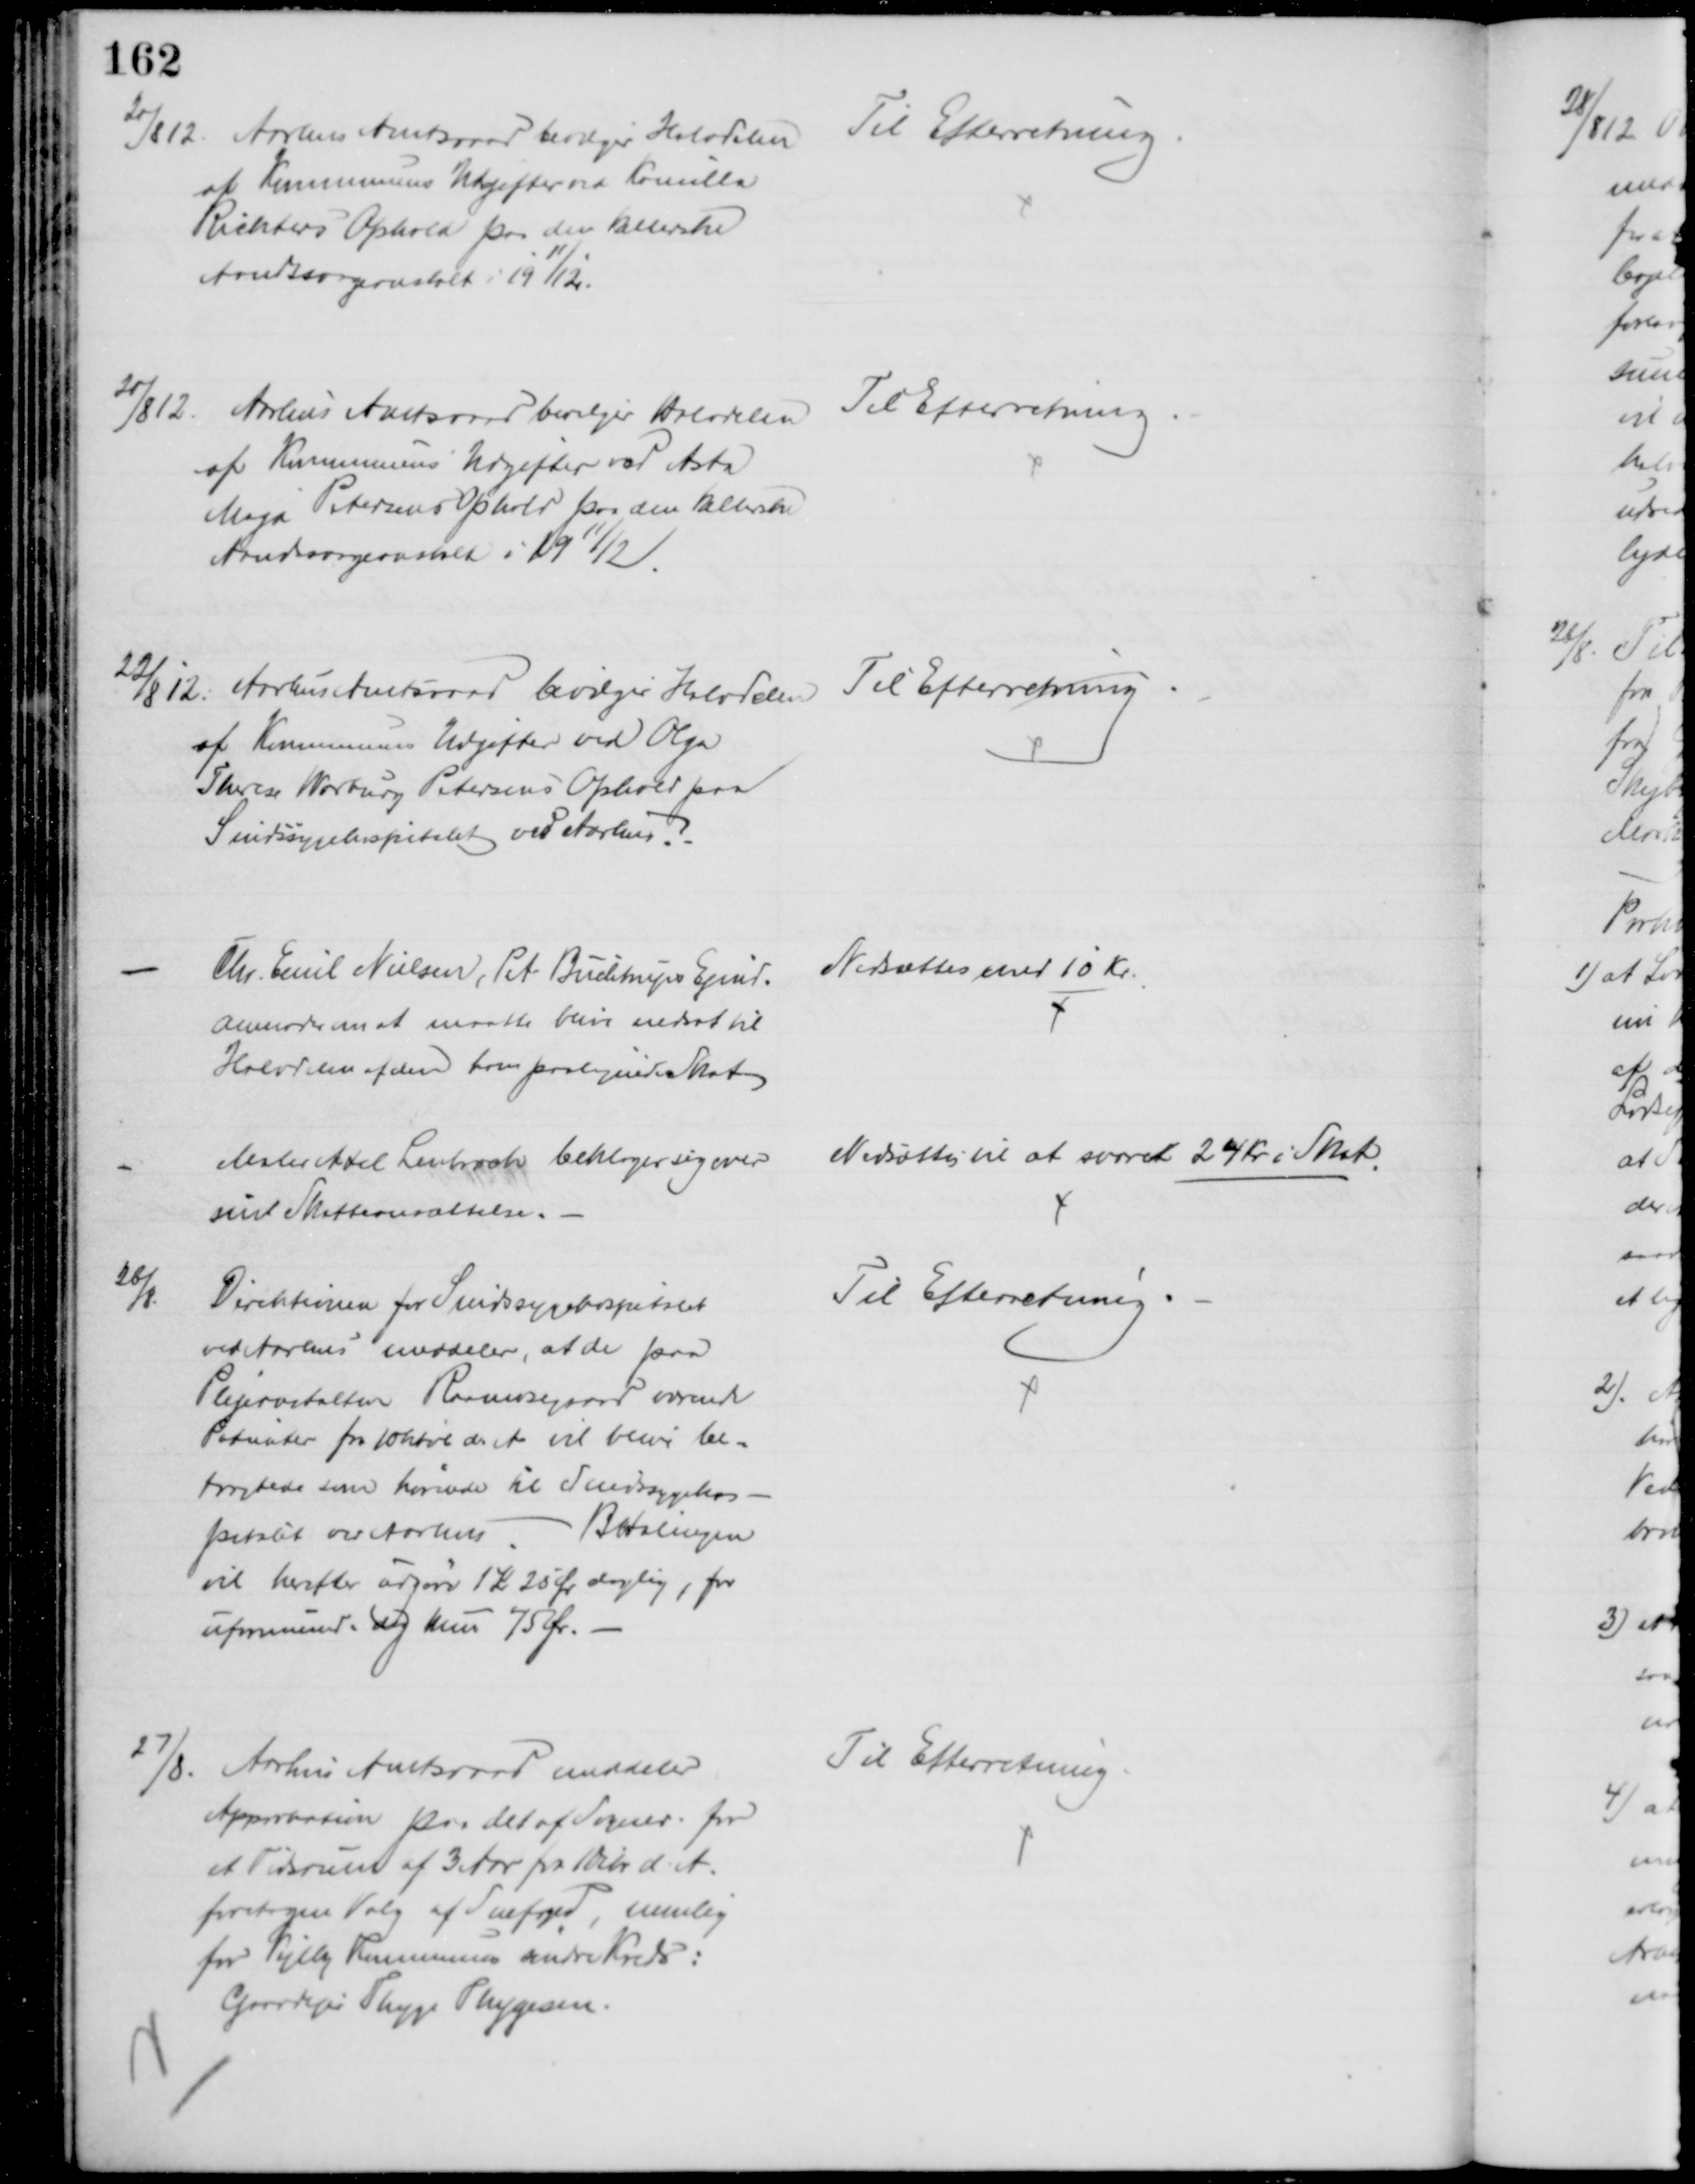
Transskription:
20/8 12
Aarhus Amtsraad bevilger Halvdelen
at Kommunens Udgifter ved Kamilla
Richters Ophold paa den Kellerske
Aandssvageanstalt i 1911/12.
Til Efterretning
20/8 12
Århus Amtsraad bevilger Halvdelen
af Kommunens Udgifter ved Asta
Maja Petersens Ophold paa den kellerske
Aandssvageanstalt i 1911/12.
Til Efterretning
22/8 12. Aarhus Amtsraad bevilger Halvdelen 
af Kommunens Udgifter ved Olga
Therese Warburg Petersens Ophold paa
Sindssygehospitalet ved Aarhus
Til Efterretning
Chr. Emil Nielsen, P A Buchstrups Ejend.
anmoder om at maatte blive nedsat til 
Halvdelen af den ham paalignede Skat
Nedsættes med 10 Kr
Maler Axel Lenbroch beklager sig over
sin Skatteansættelse.
Nedsættes til at svaret 24 Kr i Skat
26/8.
Direktionen for Sindssygehospitalet
ved Aarhus meddeler, at de paa
Plejeanstalten Raamosegaard værende
Patienter fra 1 Oktbr d. A vil blive be-
tragtede som hørende til Sindssygehos-
pitalet ved Aarhus. Betalingen
vil herefter udgøre 1 Kr 25 Ør daglig, for
uformuende dog kun 75 Ør.
Til Efterretning
27/8.
Aarhus Amtsraad meddeler
Approbation paa det af Sogner. for
et Tidsrum af 3 Aar fra 1 Debr d. A.
foretagne Valg af Snefoged, nemlig
for Vejlby Kommunens søndre Kreds:
Gaardejer Thyge Thygesen.
Til Efterretning.